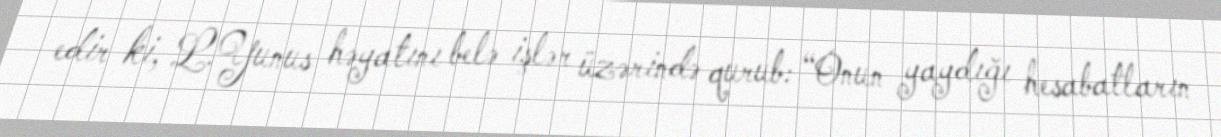
edir ki, L.Yunus həyatını belə işlər üzərində qurub: “Onun yaydığı hesabatların